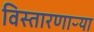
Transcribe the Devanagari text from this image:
विस्तारणाऱ्या